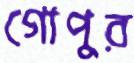
গোপুর